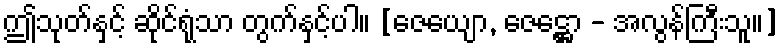
ဤသုတ်နှင့် ဆိုင်ရုံသာ တွက်နှင့်ပါ။ [ဇေယျော, ဇေဋ္ဌော - အလွန်ကြီးသူ။]